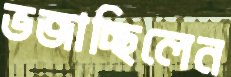
ভজাচ্ছিলেন